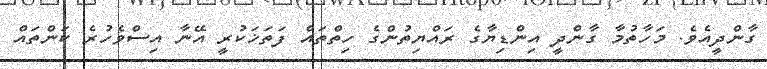
ގާންދީއެވެ. މަހާތުމާ ގާންދީ އިންޑިޔާގެ ރައްޔިތުންގެ ހިތްތައް ފަތަޚަކުރީ އޭނާ އިސްވެހުރެ ކަންތައް